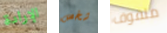
الإرادة شخص ملفوف